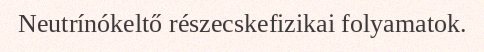
Neutrínókeltő részecskefizikai folyamatok.